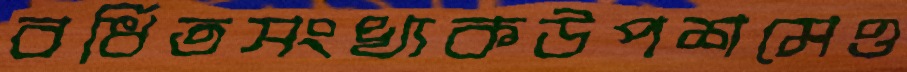
বর্ধিতসংখ্যকউপশমেও